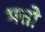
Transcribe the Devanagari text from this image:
भत्तो